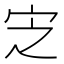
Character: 㝎